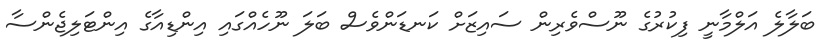
ބަލާލެ އަލްމާނީ ފިކުރުގެ ނޫސްވެރިން ސައިޒަށް ކަނޑަންވެސް ބަލަ ނޫހެއްގައި އިންޑިއާގެ އިންޓަލިޖެންސާ